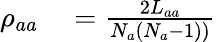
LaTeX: \begin{array}{rl}{\rho_{aa}}&{{}=\frac{2L_{aa}}{N_{a}(N_{a}-1))}}\end{array}